Indian journal of veterinary science and animal husbandry - Volumes 15-17, 1948-1951
Year: 1948
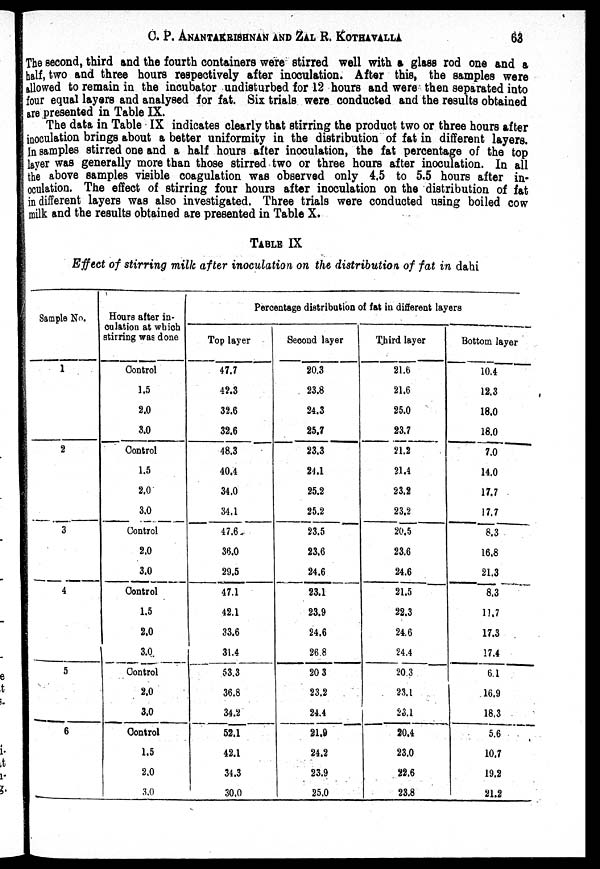
C. P. ANANTAKRISHNAN AND ZAL R.
KOTHAVALLA
63
The second, third and the fourth containers were stirred well with a glass rod one and a
half, two and three hours respectively after inoculation. After this, the samples were
allowed to remain in the incubator undisturbed for 12 hours and were then separated into
four equal layers and analysed for fat. Six trials were conducted and the results obtained
are presented in Table IX.
The data in Table IX indicates clearly that stirring the product two or three hours after
inoculation brings about a better uniformity in the distribution of fat in different layers.
In samples stirred one and a half hours after inoculation, the fat percentage of the top
layer was generally more than those stirred two or three hours after inoculation. In all
the above samples visible coagulation was observed only 4.5 to 5.5 hours after in-
oculation. The effect of stirring four hours after inoculation on the distribution of fat
in different layers was also investigated. Three trials were conducted using boiled cow
milk and the results obtained are presented in Table X.
TABLE IX
Effect of stirring milk after inoculation on the distribution of fat in dahi
Sample No.
1
2
3
4
5
6
Hours after in¬
culation at which
stirring was done
Control
1.5
2.0
3.0
Control
1.5
2.0
3.0
Control
2.0
3.0
Control
1.5
2.0
3.0
Control
2.0
3.0
Control
1.5
2.0
3.0
Percentage distribution of fat in different layers
Top layer
47.7
42.3
32.6
32.6
48.3
40.4
34.0
34.1
47.6
36.0
29.5
47.1
42.1
33.6
31.4
53.3
36.8
34.2
52.1
42.1
34.3
30.0
Second layer
20.3
23.8
24.3
25.7
23.3
24.1
25.2
25.2
23.5
23.6
24.6
23.1
23.9
24.6
26.8
20 3
23.2
24.4
21.9
24.2
23.9
25.0
Third layer
21.6
21.6
25.0
23.7
21.2
21.4
23.2
23.2
20.5
23.6
24.6
21.5
22.3
24.6
24.4
20.3
23.1
23.1
20.4
23.0
22.6
23.8
Bottom layer
10.4
12.3
18.0
18.0
7.0
14.0
17.7
17.7
8.3
16.8
21.3
8.3
11.7
17.3
17.4
6.1
16.9
18.3
5.6
10.7
19.2
21.2